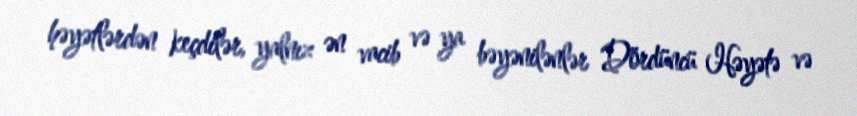
həyətlərdən keçdilər, yalnız ən vacib və ya bəyənilənlər Dördüncü Həyətə və